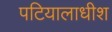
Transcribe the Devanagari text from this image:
पटियालाधीश